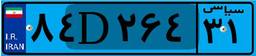
۸۲D۵۱۱۶۰